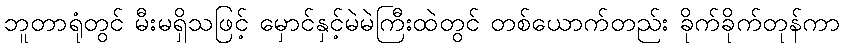
ဘူတာရုံတွင် မီးမရှိသဖြင့် မှောင်နှင့်မဲမဲကြီးထဲတွင် တစ်ယောက်တည်း ခိုက်ခိုက်တုန်ကာ